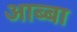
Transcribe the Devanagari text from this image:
आब्बा